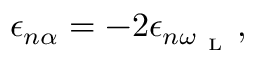
\epsilon _ { n \alpha } = - 2 \epsilon _ { n \omega _ { \mathrm { ~ L ~ } } } ,